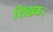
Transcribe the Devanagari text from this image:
शिक्षक।